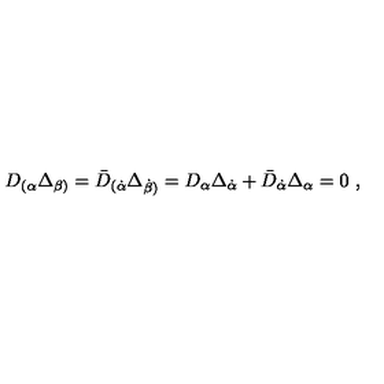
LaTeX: D _ { ( \alpha } \Delta _ { \beta ) } = \bar { D } _ { ( { \dot { \alpha } } } \Delta _ { { \dot { \beta } } ) } = D _ { \alpha } \Delta _ { \dot { \alpha } } + \bar { D } _ { \dot { \alpha } } \Delta _ { \alpha } = 0 \ ,